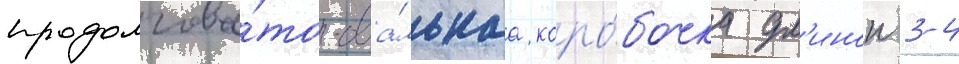
продолгова́то-ова́льнаа коро́бочка дл'инои 3-4